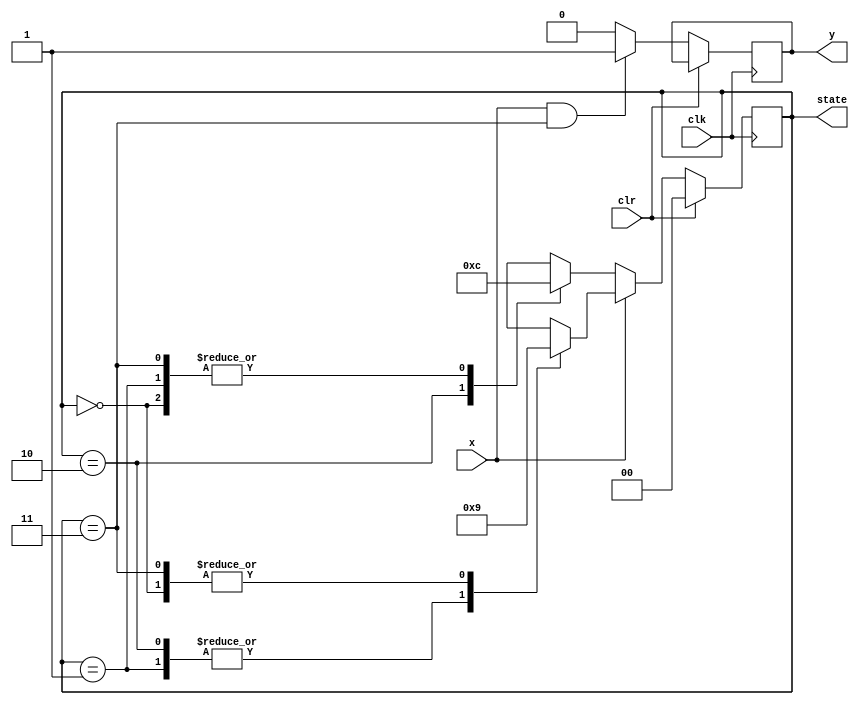
module sequence_detector(y,x,clk,clr,state);
input x, clk, clr; 
output reg y; 
output reg [1:0] state=2'b0;
parameter A=2'b00,B=2'b01,C=2'b10,D=2'b11;

always @(posedge clk)
begin
	if(clr==1) state<=A;
	else
	begin
		if(x==0)
			case(state)
				A:state<=A;
                B:state<=A;
                C:state<=D;
                D:state<=A;
                endcase
                else
                case(state)
 				A:state<=B;
                B:state<=C;
                C:state<=C;
                D:state<=B;   
                endcase
                if((x==1)&&(state==D)) y<=1;
                else y<=0;
end 
end  
endmodule         
`timescale 1ns/1ps 
module sequence_detector_tb; 
wire y;
wire [1:0] state;
reg x=0; 
reg clk=0; 
reg clr=1; // clr is 1 active. when clr is 1, 91 and q2 are both O per the module's description above 
integer i; 
sequence_detector UUT(.y(y),.x(x),.clk(clk),.clr(clr),.state(state));
initial begin
for(i=0;i<20;i=i+1) begin
clk=~clk;
if(i>5&i<10) begin
clr=0; // release the DFFS
x=1; // it'll start changing states until state 10
 end 
 else if(i==11) x=0;//to change the state to 11 eventually 
 else if(i==12) x=1; 
 else x=0; 
 #10;
end
end
endmodule